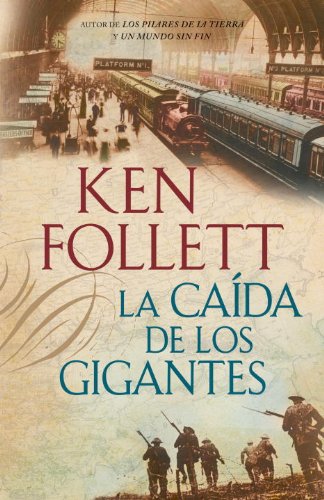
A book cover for La CaÃ­da de Los Gigantes (Spanish Edition); Ken Follett; Literature & Fiction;